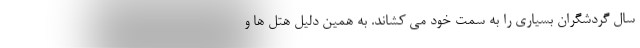
سال گردشگران بسیاری را به سمت خود می کشاند. به همین دلیل هتل ها و